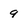
Character: 9